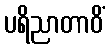
ပရိညာတာဝိံ